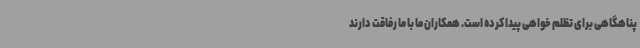
پناهگاهی برای تظلم خواهی پیدا کرده است. همکاران ما با ما رفاقت دارند